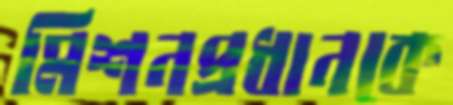
মিশনপ্রধানকে